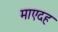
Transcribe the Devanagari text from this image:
माएदह